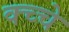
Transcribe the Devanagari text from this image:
क्च्चे